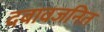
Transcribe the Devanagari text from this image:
दबावजनित